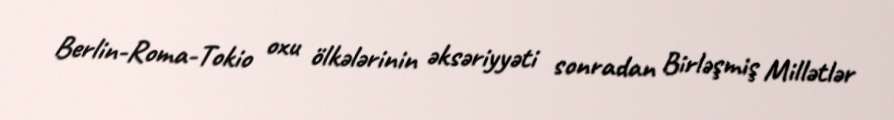
Berlin-Roma-Tokio oxu ölkələrinin əksəriyyəti sonradan Birləşmiş Millətlər